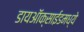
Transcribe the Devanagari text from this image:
डायऑक्साईडमध्ये